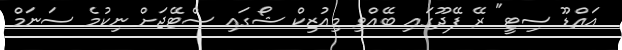
އައްޑޫ ސިޓީ" ރޭ ފޭދޫގައި ބޭއްވި މިއުޒިކް ޝޯގައި ސްޓޭޖަށް ނިކުމެ ސަނަމް